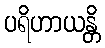
ပရိဟာယန္တိ